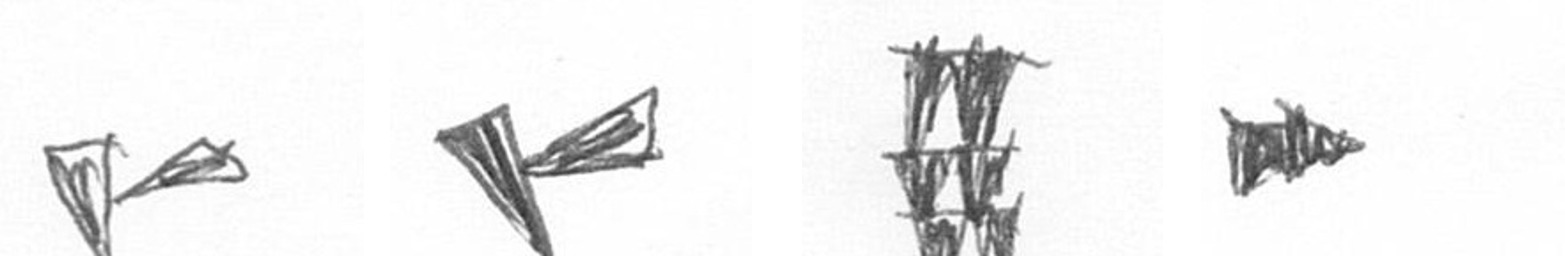
F F Y A